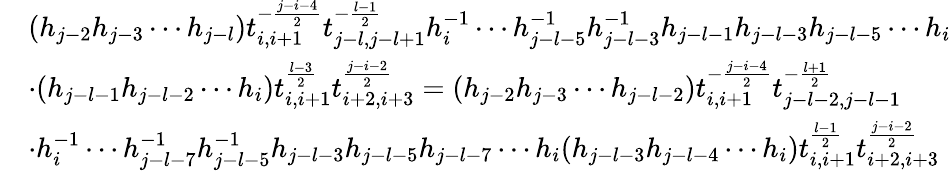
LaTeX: \begin{array}{rl}&{(h_{j-2}h_{j-3}\cdots h_{j-l})t_{i,i+1}^{-\frac{j-i-4}{2}}t_{j-l,j-l+1}^{-\frac{l-1}{2}}h_{i}^{-1}\cdots h_{j-l-5}^{-1}h_{j-l-3}^{-1}h_{j-l-1}h_{j-l-3}h_{j-l-5}\cdots h_{i}}\\ &{\cdot(h_{j-l-1}h_{j-l-2}\cdots h_{i})t_{i,i+1}^{\frac{l-3}{2}}t_{i+2,i+3}^{\frac{j-i-2}{2}}=(h_{j-2}h_{j-3}\cdots h_{j-l-2})t_{i,i+1}^{-\frac{j-i-4}{2}}t_{j-l-2,j-l-1}^{-\frac{l+1}{2}}}\\ &{\cdot h_{i}^{-1}\cdots h_{j-l-7}^{-1}h_{j-l-5}^{-1}h_{j-l-3}h_{j-l-5}h_{j-l-7}\cdots h_{i}(h_{j-l-3}h_{j-l-4}\cdots h_{i})t_{i,i+1}^{\frac{l-1}{2}}t_{i+2,i+3}^{\frac{j-i-2}{2}}}\end{array}